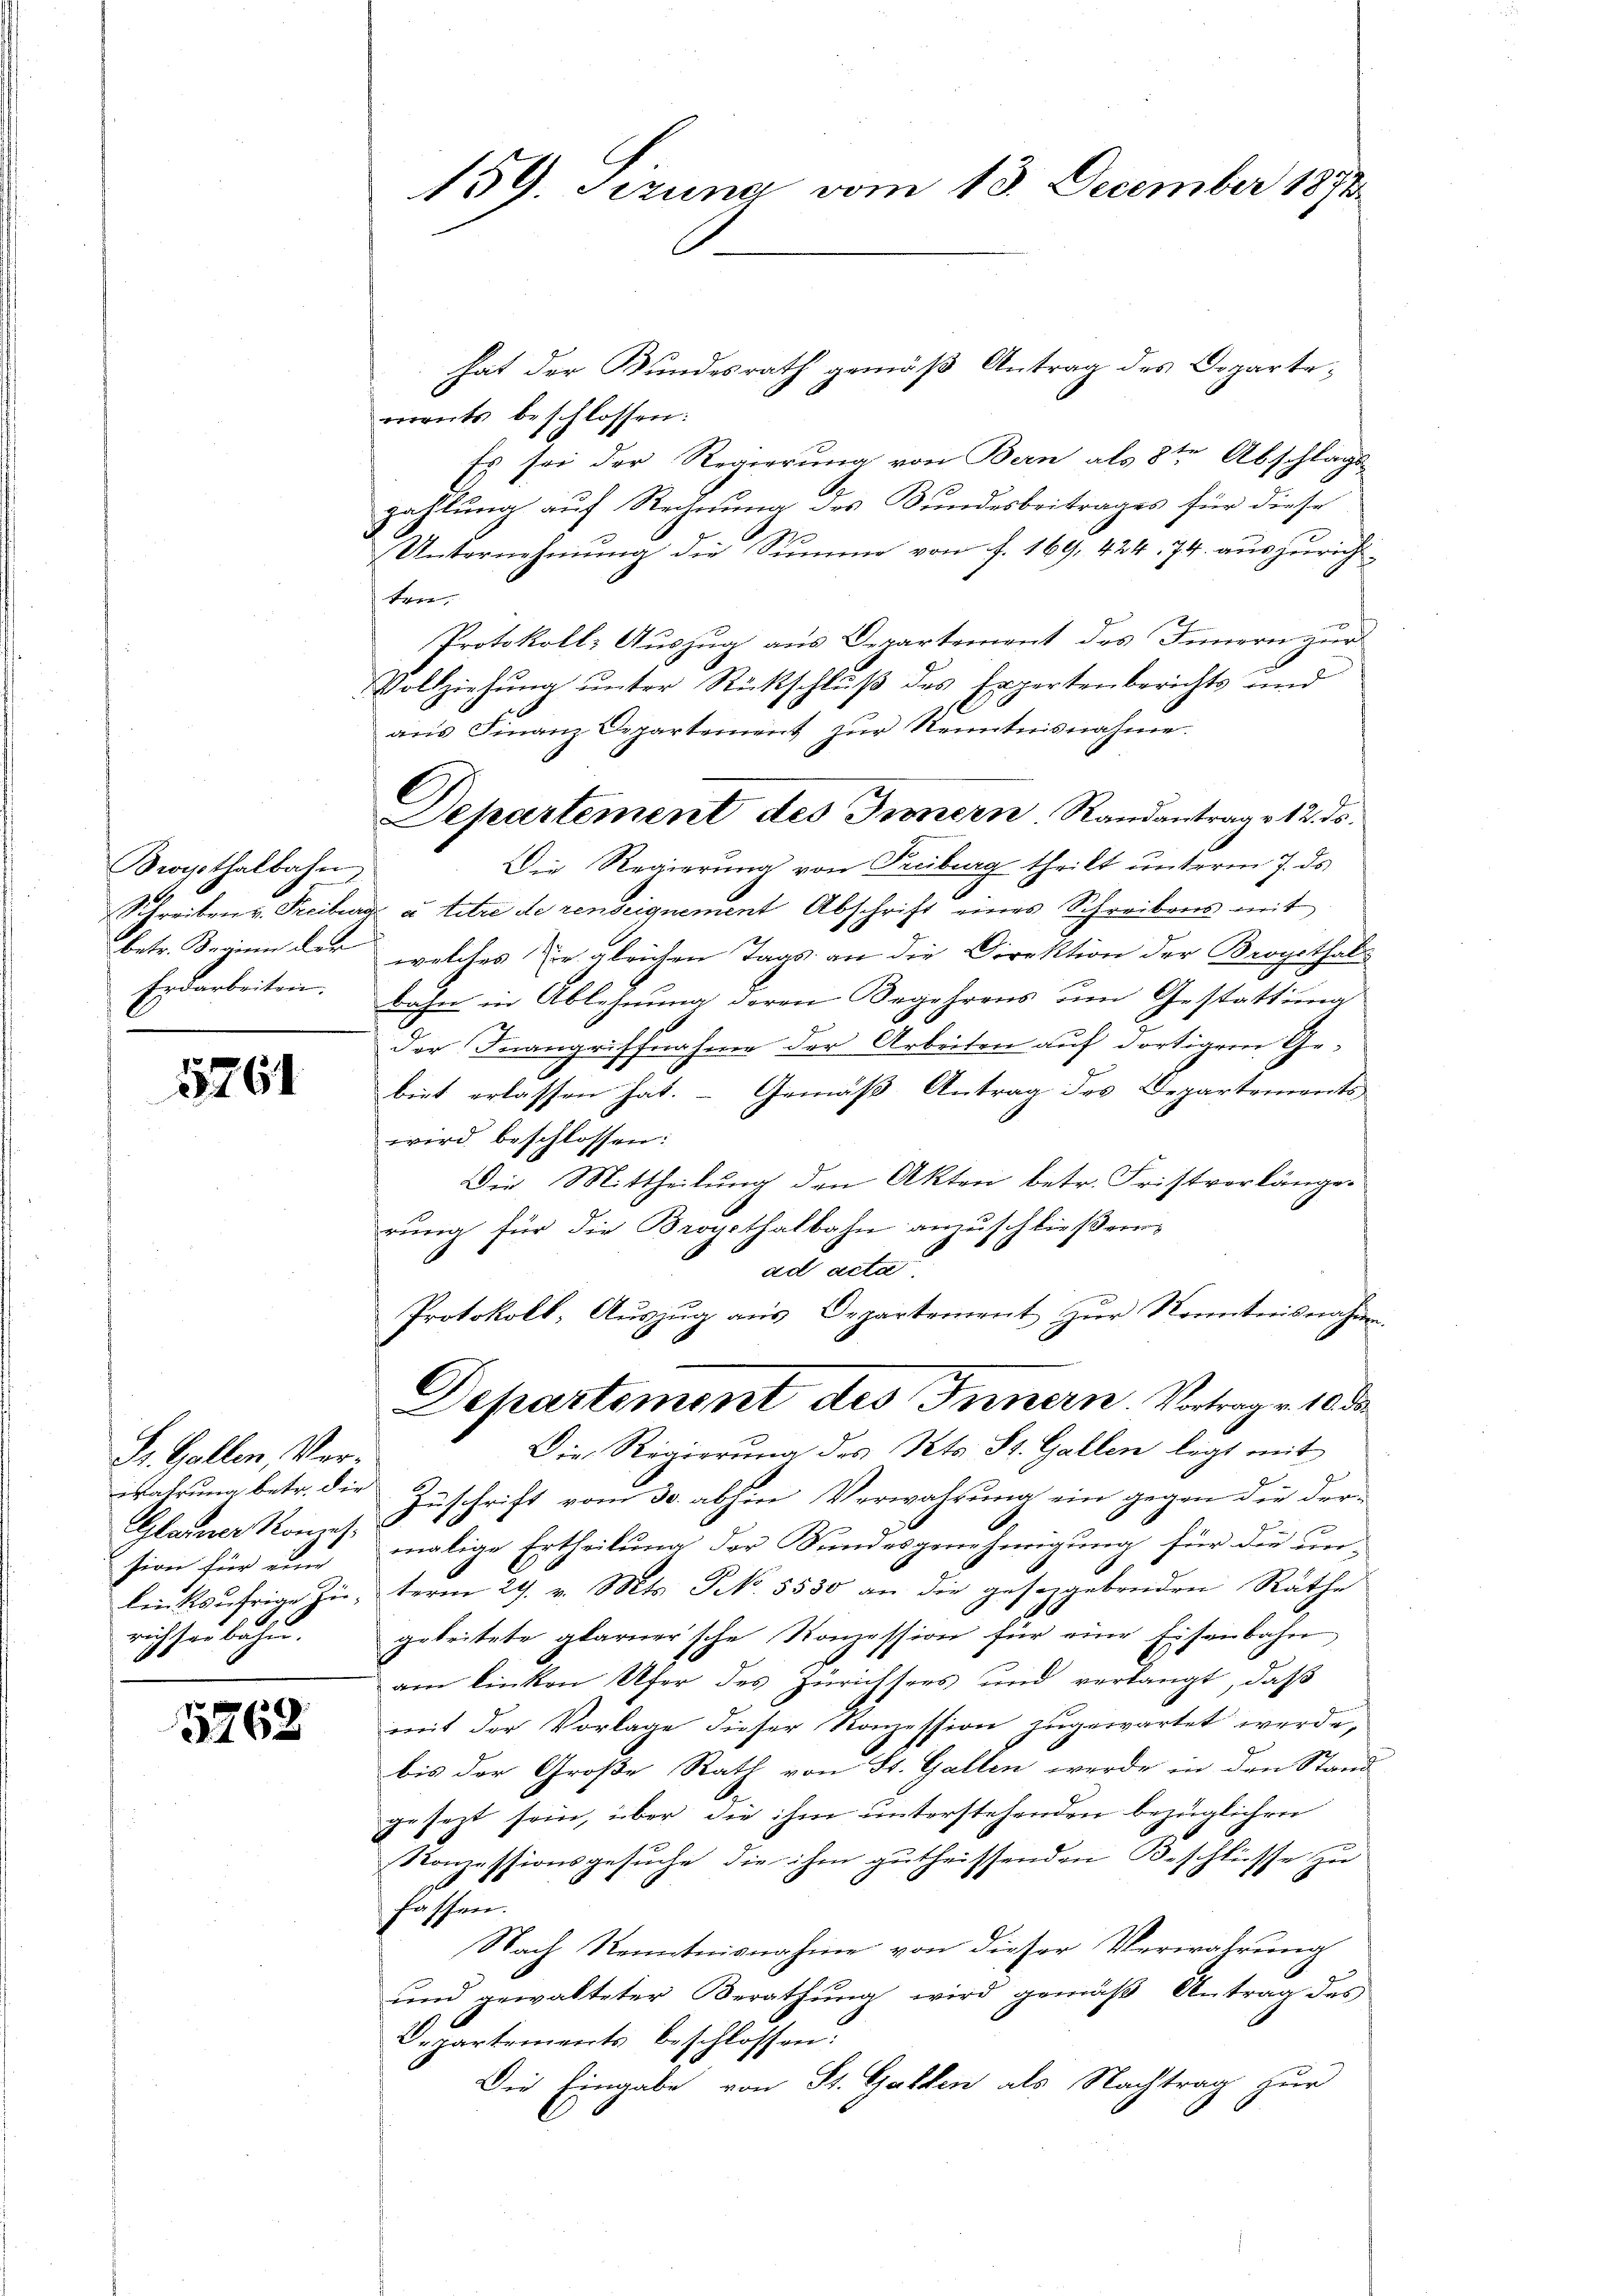
Bwypthalbahn
Schreiben v. Freiben
betr. Beginn der
Erdarbeiten.

15764

St. Gallen, Verewahrung betr. die
Glaser Kons.
sion für eine
linksufrige Zurichster bahn.

5262

159. Sizung vom 13. December 1872

hat der Bundesrath gemäß Antrag des Departements beschlossen:
Es sei der Regierung von Bern als 8ten Abschlagszahlung auf Rechnung des Bundesbeitrages für diese
17
Unternehmung die Simme von f. 169, 424. 74. auszurichkre
Protokoll- Auszug aus Departement des Innern zur
Vollziehŭng ŭnter Rückschlŭβ des Expertenberichts und
Die Regierung von Treiburg theilt ŭnterm 7. ds.
u titre de renseignement Abschrift eines Schreibens mit
welches Er gleichen Tags an die Direktion der Brogethal
bahn in Ablehnung deren Begehrens um Gestattung
der Inangriffnahme der Arbeiten auf dortigem Gebiet erlassen hat. - Gemäß Antrag des Departements
wird beschlossen:
Die Mittheilung den Akten betr. Fristvorlänges
rung für die Brogethalbahn anzuschließern,
ad acta
Protokoll, Auszug aus Departement zur Kenntnisnahm
Departement des Innern Vertrage 10 de
Die Regierung des Kts. St. Gallen legt mit
Zuschrift vom 30. abhin Verwahrung ein gegen die der-
e
malige Ertheilung der Bundesgenehmigung für die unterm 29. v. Mts. NNo. 5530 an die gesetzgebenden Räthe
geleitete glarner'sche Konzession für eine Eisenbahn
am linken Ufer des Zürichsees und verlangt, daß
mit der Vorlage dieser Konzession zugewartet werde,
bis der Große Rath von St. Gallen werde in den Stand
gesezt sein, über die ihm unterstehenden bezüglichen
Konzessionsgesuche, die ihm gutheissenden Beschlüsse zu
fassen.
Nach Kenntnisnahme von dieser Verwahrung
und gewalteter Berathung wird gemäß Antrag des
Departements beschlossen:
Die Eingabe von St. Gallen als Nachtrag zur

aŭs Finanz-Departement zŭr Kenntnisnahme.
Departement des Innern Randantrage 12. ds.